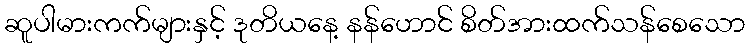
ဆူပါမားကက်များနှင့် ဒုတိယနေ့ နန်ဟောင် စိတ်အားထက်သန်စေသော